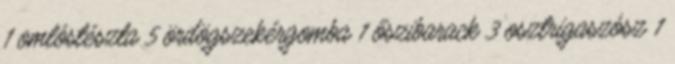
1 omlóstészta 5 ördögszekérgomba 1 őszibarack 3 osztrigaszósz 1